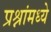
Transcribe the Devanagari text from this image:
प्रश्नांमध्ये